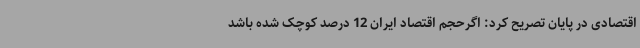
اقتصادی در پایان تصریح کرد: اگرحجم اقتصاد ایران 12 درصد کوچک شده باشد